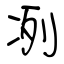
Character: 冽